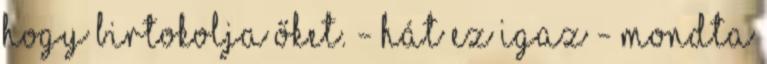
hogy birtokolja őket. - Hát ez igaz - mondta